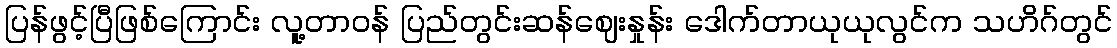
ပြန်ဖွင့်ပြီဖြစ်ကြောင်း လူ့တာဝန် ပြည်တွင်းဆန်ဈေးနှုန်း ဒေါက်တာယုယုလွင်က သဟိဂ်တွင်